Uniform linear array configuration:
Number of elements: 16
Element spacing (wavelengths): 1
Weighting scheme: exponential
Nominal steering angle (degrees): -60
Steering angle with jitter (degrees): -61.051
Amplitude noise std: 0.05
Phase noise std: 0.05

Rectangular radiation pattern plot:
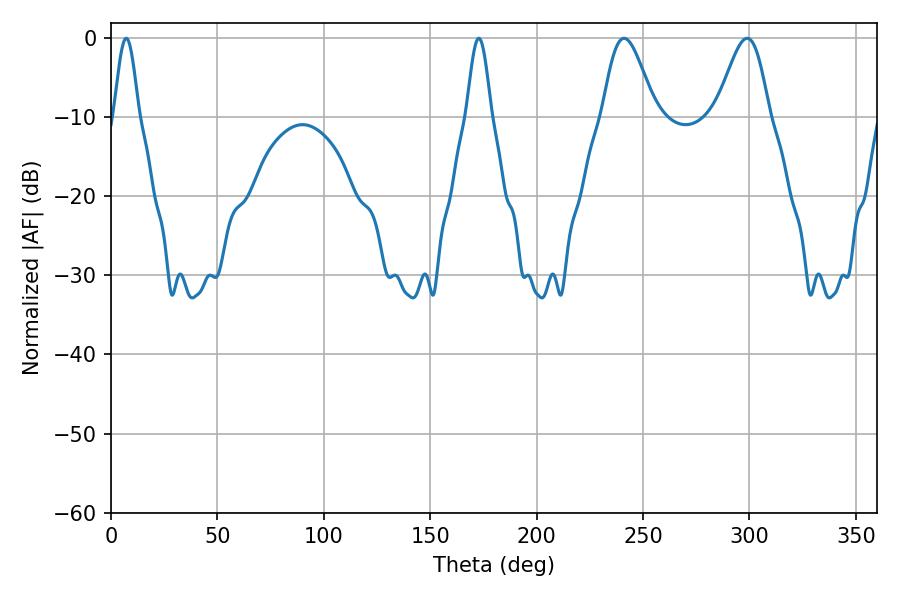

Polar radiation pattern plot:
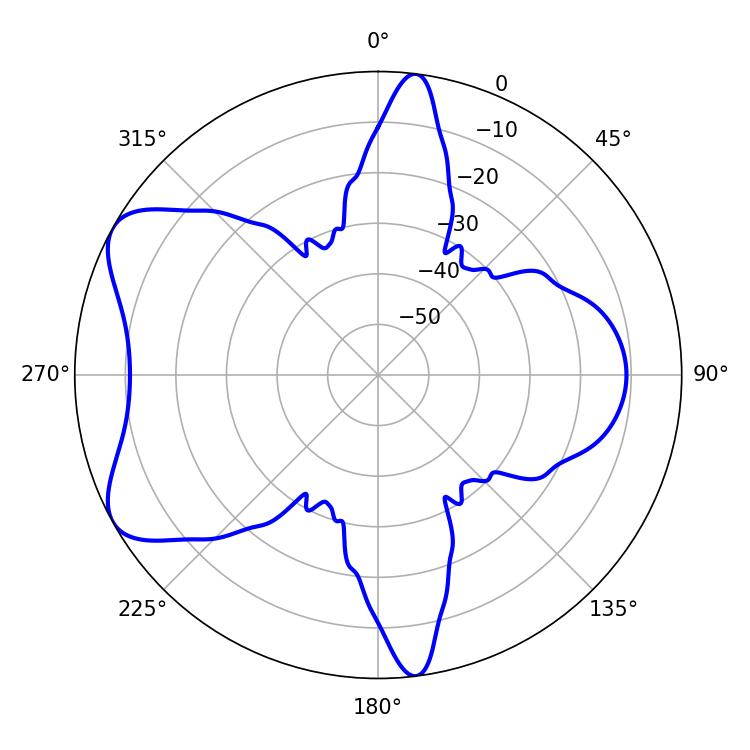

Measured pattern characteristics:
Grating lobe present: TRUE
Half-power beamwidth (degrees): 13.14
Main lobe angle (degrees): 241.02